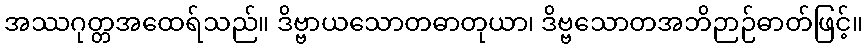
အဿဂုတ္တအထေရ်သည်။ ဒိဗ္ဗာယသောတဓာတုယာ၊ ဒိဗ္ဗသောတအဘိဉာဉ်ဓာတ်ဖြင့်။